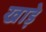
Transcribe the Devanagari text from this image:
खाड़े